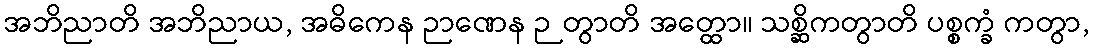
အဘိညာတိ အဘိညာယ, အဓိကေန ဉာဏေန ဉတွာတိ အတ္ထော။ သစ္ဆိကတွာတိ ပစ္စက္ခံ ကတွာ,